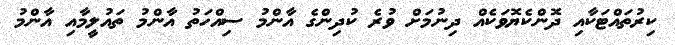
ކިރުތައްޓަކާއި ދޮންކެޔޮވަކެއް ދިނުމަށް ވުރެ ކުދިންގެ އާންމު ސިއްހަތު އާންމު ތައުލީމާއި އާންމު